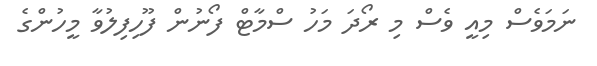
ނަމަވެސް މިއީ ވެސް މި ރޯދަ މަހު ސްމާޓް ފޯނުން ފޫހިފިލުވާ މީހުންގެ